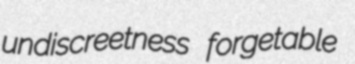
undiscreetness forgetable